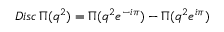
{ \sl D i s c \, } \Pi ( q ^ { 2 } ) = \Pi ( q ^ { 2 } e ^ { - i \pi } ) - \Pi ( q ^ { 2 } e ^ { i \pi } )